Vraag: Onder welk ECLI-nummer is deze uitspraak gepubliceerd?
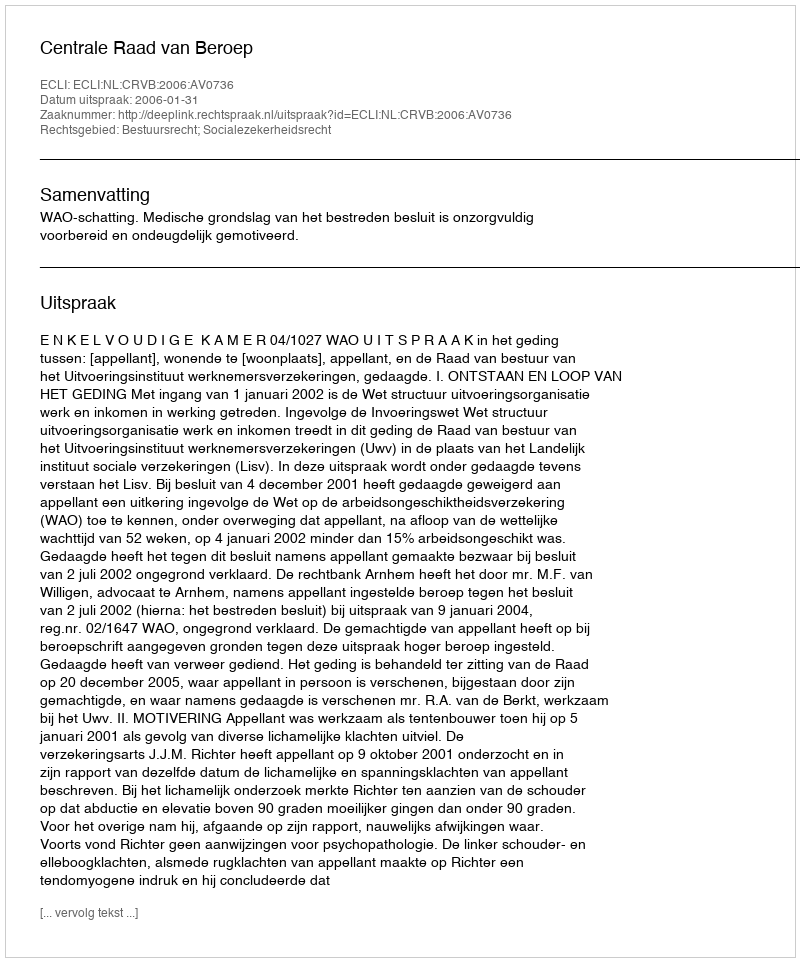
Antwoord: ECLI:NL:CRVB:2006:AV0736